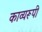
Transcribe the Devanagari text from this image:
काव्यरूपी